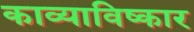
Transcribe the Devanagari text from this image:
काव्याविष्कार